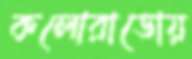
কলোরাডোয়